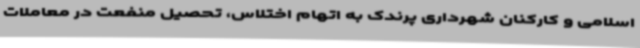
اسلامی و کارکنان شهرداری پرندک به اتهام اختلاس، تحصیل منفعت در معاملات